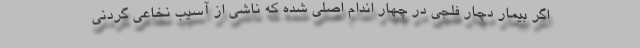
اگر بیمار دچار فلجی در چهار اندام اصلی شده که ناشی از آسیب نخاعی گردنی